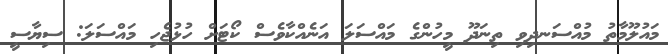
މައުލޫމާތު މުއްސަނދިވި ތިނަދޫ މީހުންގެ މައްސަލަ އަނެއްކާވެސް ކޯޓަށް ހުޅުޖެހި މައްސަލަ: ސިޔާސީ